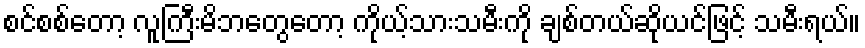
စင်စစ်တော့ လူကြီးမိဘတွေတော့ ကိုယ့်သားသမီးကို ချစ်တယ်ဆိုယင်ဖြင့် သမီးရယ်။